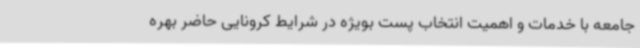
جامعه با خدمات و اهمیت انتخاب پست بویژه در شرایط کرونایی حاضر بهره